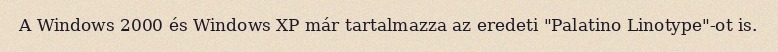
A Windows 2000 és Windows XP már tartalmazza az eredeti "Palatino Linotype"-ot is.